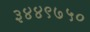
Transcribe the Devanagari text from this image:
३४४९७५०